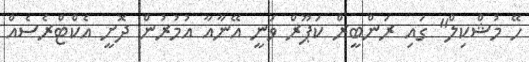
ހޭ މުޝްކިލް" ގަައި ރަންބީރް ކަޕޫރް ވަނީ އޭނާއާ އުމުރުން ދޮށީ އެކްޓްރެސެއް